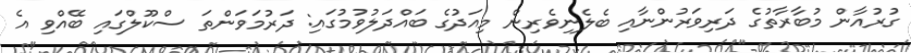
ގުރުއާން މުބާރާތުގެ ދަރިވަރުންނާއި ބެލެނިވެރިން މިއަދުގެ ބައްދަލުވުމުގައި: ދަރުމަވަންތަ ސްކޫލްގައި ބޭއްވި އެ